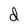
Character: d